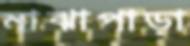
মাঝাপাড়া